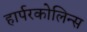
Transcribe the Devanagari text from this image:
हार्परकोलिन्स